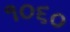
૧૦૬૦